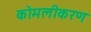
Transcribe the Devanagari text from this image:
कोमलीकरण